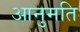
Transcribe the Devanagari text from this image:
आनुमति